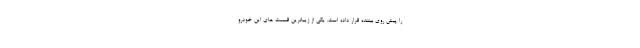
را پیش روی بیننده قرار داده است. یکی از زیباترین قسمت های این خودرو